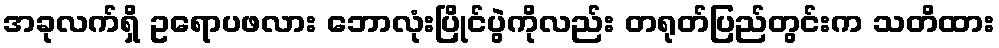
အခုလက်ရှိ ဥရောပဖလား ဘောလုံးပြိုင်ပွဲကိုလည်း တရုတ်ပြည်တွင်းက သတိထား